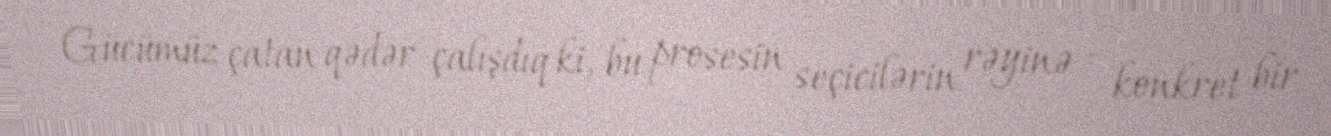
Gücümüz çatan qədər çalışdıq ki, bu prosesin seçicilərin rəyinə - konkret bir